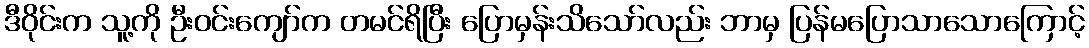
ဒီဝိုင်းက သူ့ကို ဦးဝင်းကျော်က တမင်ရိပြီး ပြောမှန်းသိသော်လည်း ဘာမှ ပြန်မပြောသာသောကြောင့်